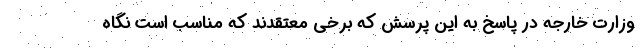
وزارت خارجه در پاسخ به این پرسش که برخی معتقدند که مناسب است نگاه